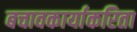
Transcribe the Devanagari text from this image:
बचावकार्याकरिता